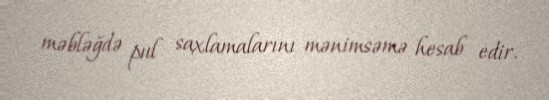
məbləğdə pul saxlamalarını mənimsəmə hesab edir.